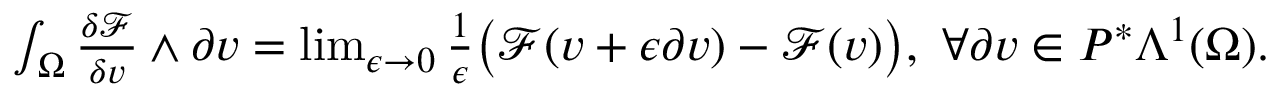
\begin{array} { r } { \int _ { \Omega } \frac { \delta \mathcal { F } } { \delta v } \wedge \partial v = \operatorname* { l i m } _ { \epsilon \to 0 } \frac { 1 } { \epsilon } \big ( \mathcal { F } ( v + \epsilon \partial v ) - \mathcal { F } ( v ) \big ) , \ \forall \partial v \in P ^ { \ast } \Lambda ^ { 1 } ( \Omega ) . } \end{array}